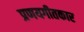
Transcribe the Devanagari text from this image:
प्रणयगीतकार